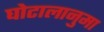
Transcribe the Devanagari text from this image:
घोटालानुमा